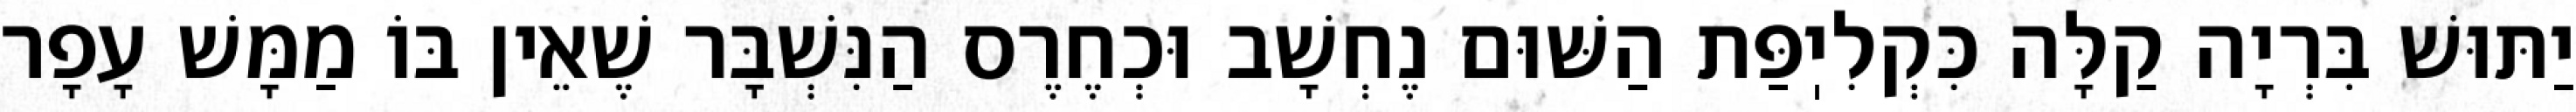
יַתּוּשׁ בִּרְיָה קַלָּה כִּקְלִיֽפַּת הַשּׁוּם נֶחְשָׁב וּכְחֶרֶס הַנִּשְׁבָּר שֶׁאֵין בּוֹ מַמָּשׁ עָפָר